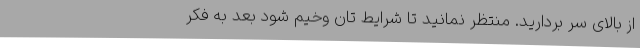
از بالای سر بردارید. منتظر نمانید تا شرایط تان وخیم شود بعد به فکر